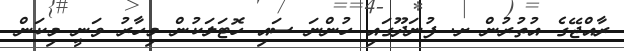
ރާއްޖޭގެ އުތުރުން ށ. ފުނަދޫގައި ހުންނަ ސައި ހޮޓަލަކުން މިހާރު ވަނީ މިކަން